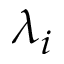
\lambda _ { i }